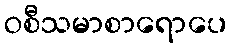
ဝစီသမာစာရောပေ